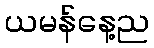
ယမန်နေ့ည